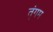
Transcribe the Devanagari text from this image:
त्ंगम